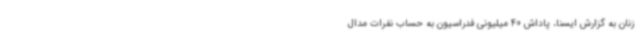
زنان به گزارش ایسنا، پاداش 40 میلیونی فدراسیون به حساب نفرات مدال